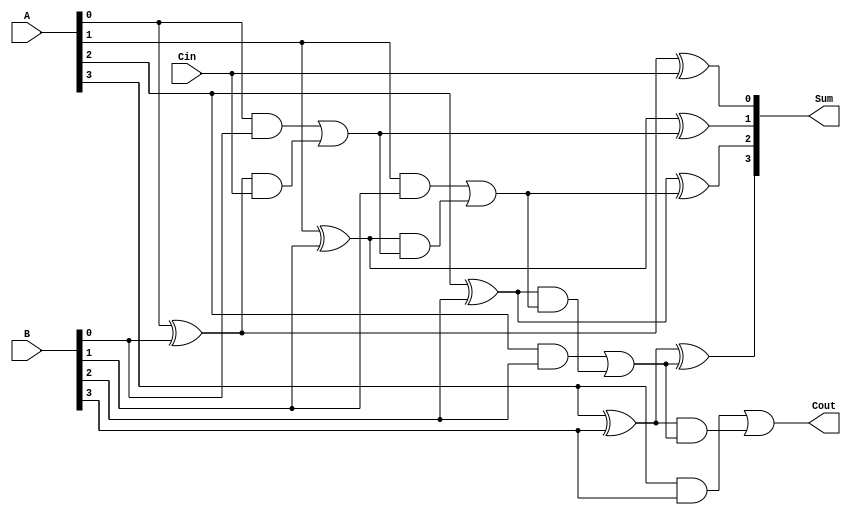
module CarryLookaheadAdder #(
    parameter N = 4  // Parameter for the number of bits
)(
    input  [N-1:0] A,    // First operand
    input  [N-1:0] B,    // Second operand
    input         Cin,    // Carry input
    output [N-1:0] Sum,   // Sum output
    output        Cout     // Carry output
);

// Internal signals for generate and propagate
wire [N-1:0] G; // Generate signals
wire [N-1:0] P; // Propagate signals
wire [N:0] C;   // Carry signals

// Generate and Propagate Calculations
genvar i;
generate
    for (i = 0; i < N; i = i + 1) begin : gen_prop
        assign G[i] = A[i] & B[i];      // Generate
        assign P[i] = A[i] ^ B[i];      // Propagate
    end
endgenerate

// Carry Calculation
assign C[0] = Cin; // Initial carry input
generate
    for (i = 1; i <= N; i = i + 1) begin : carry_calc
        assign C[i] = G[i-1] | (P[i-1] & C[i-1]); // Carry logic
    end
endgenerate

// Sum Calculation
generate
    for (i = 0; i < N; i = i + 1) begin : sum_calc
        assign Sum[i] = P[i] ^ C[i]; // Sum logic
    end
endgenerate

// Final Carry Output
assign Cout = C[N]; // Carry out is the last carry bit

endmodule